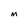
Character: M